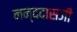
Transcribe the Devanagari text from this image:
नन्ददासजी